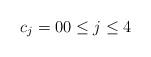
LaTeX: \begin{align*}c_j=00\leq j\leq 4\end{align*}